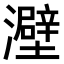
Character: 𤃎